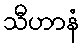
သီဟာနံ